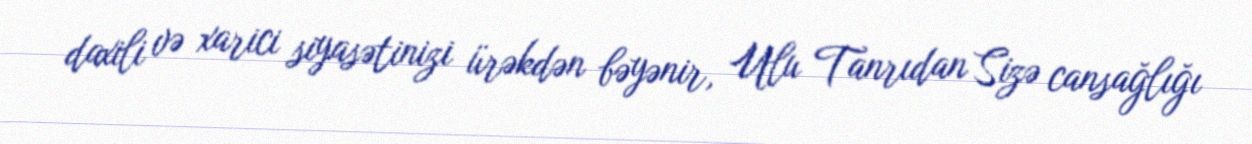
daxili və xarici siyasətinizi ürəkdən bəyənir, Ulu Tanrıdan Sizə cansağlığı